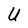
Character: U